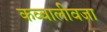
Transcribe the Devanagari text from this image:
कव्वालीवजा